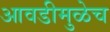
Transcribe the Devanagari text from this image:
आवडीमुळेच